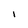
Character: I